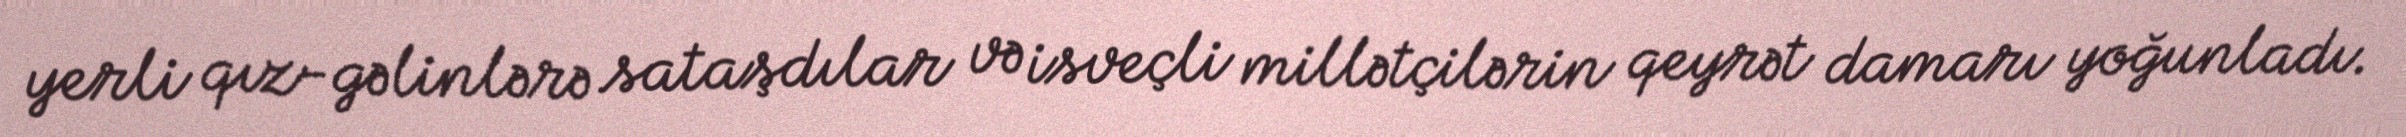
yerli qız-gəlinlərə sataşdılar və isveçli millətçilərin qeyrət damarı yoğunladı.